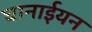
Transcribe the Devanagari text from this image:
घानाईयन